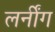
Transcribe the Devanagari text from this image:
लर्नींग